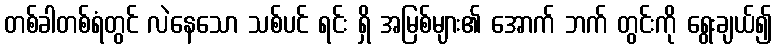
တစ်ခါတစ်ရံတွင် လဲနေသော သစ်ပင် ရင်း ရှိ အမြစ်များ၏ အောက် ဘက် တွင်းကို ရွေးချယ်၍